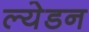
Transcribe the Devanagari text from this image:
ल्येडन